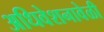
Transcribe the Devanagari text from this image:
अधिवेशनावेळी